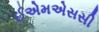
ઈએમએસસી